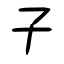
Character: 子